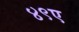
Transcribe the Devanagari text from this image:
४९ए